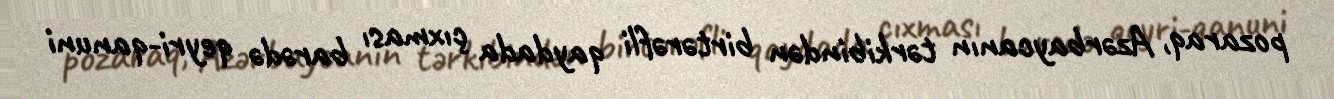
pozaraq, Azərbaycanın tərkibindən birtərəfli qaydada çıxması barədə qeyri-qanuni